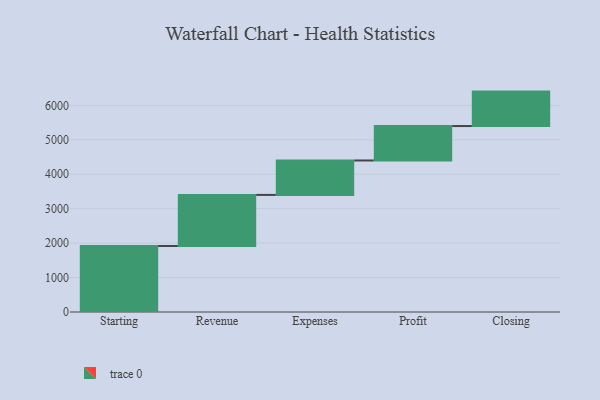
{"axis": {"x": "Step", "y": "Value"}, "legend": [""], "data": [{"x": "Starting", "y": 1917.0, "type": ""}, {"x": "Revenue", "y": 1483.0, "type": ""}, {"x": "Expenses", "y": 1000, "type": ""}, {"x": "Profit", "y": 1000, "type": ""}, {"x": "Closing", "y": 1000, "type": ""}]}